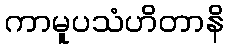
ကာမူပသံဟိတာနိ